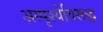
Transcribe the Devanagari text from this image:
अस्पृश्येविरूद्ध